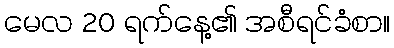
မေလ 20 ရက်နေ့၏ အစီရင်ခံစာ။